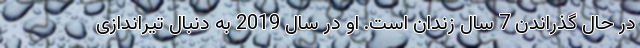
در حال گذراندن 7 سال زندان است. او در سال 2019 به دنبال تیراندازی